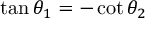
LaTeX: \tan \theta _ { 1 } = - \cot \theta _ { 2 }